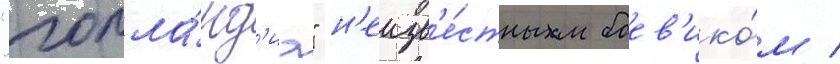
"голла́нд'иа" н'еизв'е́стным боев'ико́м /